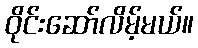
ဝိုင်းဆော်လိမ့်မယ်။